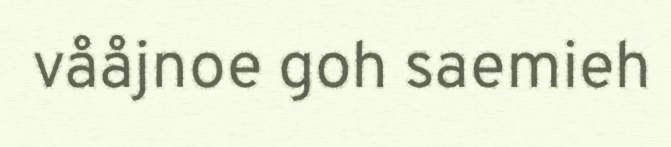
vååjnoe goh saemieh